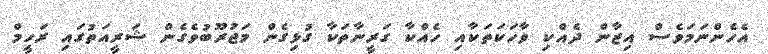
އެހެންނަމަވެސް އިޒާން ދެއްކި ވާހަކަތަކާއި ހެއްކާ ގަރީނާތަކާ ގުޅިގެން މަޖުރޫބުވެގެން ޝަރީއަތުގައި ރަހީމް